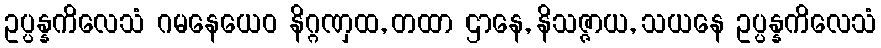
ဥပ္ပန္နကိလေသံ ဂမနေယေဝ နိဂ္ဂဏှထ, တထာ ဌာနေ, နိသဇ္ဇာယ, သယနေ ဥပ္ပန္နကိလေသံ